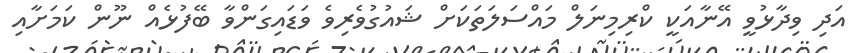
އަދި ވިދާޅުވީ އޭނާއަކީ ކްރިމިނަލް މައްސަލަތަކަށް ޝައުގުވެރިވެ ވަޑައިގަންވާ ބޭފުޅެއް ނޫން ކަމަށާއި